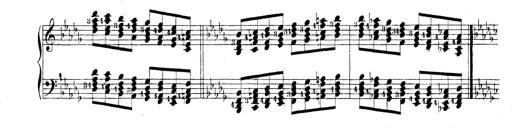
Title: Technische Studien
Composer: Franz Liszt